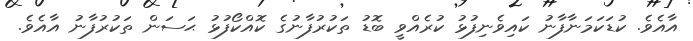
އާއެވެ. ކުޑަކަމަނާފާނު ކައިވެނިފުޅު ކުރެއްވީ ބޮޑު ތަކުރުފާނުގެ ކޮއްކޯފުޅު ޙަސަން ތަކުރުފާނު އާއެވެ.